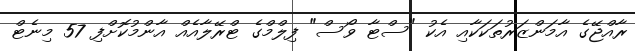
ރާއްޖޭގެ އާމަންޒަރުތަކަކާއި އެކު "ސްޓާ ވޯސް" ފިލްމްގެ ޓްރޭލާއެއް އާންމުކޮށްފި 57 މިނެޓް